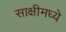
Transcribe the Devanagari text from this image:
साक्षीमध्ये